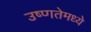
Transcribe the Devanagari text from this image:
उष्णतेमध्ये